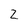
Character: 2